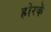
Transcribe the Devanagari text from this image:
होरके